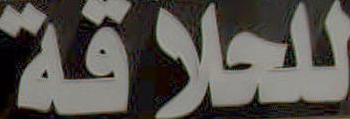
للعلاقة